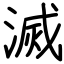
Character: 滅